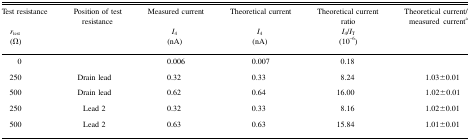
<table><thead><tr><td><b>Test resistance<i>r</i><sub>test</sub> (Ω)</b></td><td><b>Position of test resistance</b></td><td><b>Measured current<i>I</i><sub>4</sub> (nA)</b></td><td><b>Theoretical current<i>I</i><sub>4</sub>(nA)</b></td><td><b>Theoretical current ratio<i>I</i><sub>4</sub>/<i>I</i><sub>T</sub>(10<sup>−6</sup>)</b></td><td><b>Theoretical current/measured currenta</b></td></tr></thead><tbody><tr><td>0</td><td></td><td>0.006</td><td>0.007</td><td>0.18</td><td></td></tr><tr><td>250</td><td>Drain lead</td><td>0.32</td><td>0.33</td><td>8.24</td><td>1.03±0.01</td></tr><tr><td>500</td><td>Drain lead</td><td>0.62</td><td>0.64</td><td>16.00</td><td>1.02±0.01</td></tr><tr><td>250</td><td>Lead 2</td><td>0.32</td><td>0.33</td><td>8.16</td><td>1.02±0.01</td></tr><tr><td>500</td><td>Lead 2</td><td>0.63</td><td>0.63</td><td>15.84</td><td>1.01±0.01</td></tr></tbody></table>